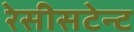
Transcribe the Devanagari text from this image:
रेसीसटेन्ट